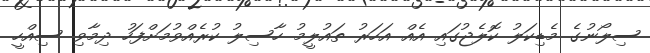
ސިލޯނުގެ މެޑިކަލު ކޮލެޖުގައި އެއް އަހަރު ތައުލީމު ހާސިލު ކުރެއްވުމަށްފަހު ދިމާވި ސިއްހީ